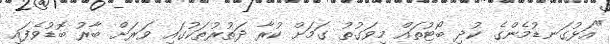
"އަޅުގަނޑުމެންގެ ކުދި ބޯޓުތައް މިވަގުތު ގަމަށް ކުރާ ދަތުރުތަކުގައި ވަރަށް ބާރު ބޮޑުވެފައި